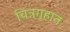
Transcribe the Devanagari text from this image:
चित्रगृहात